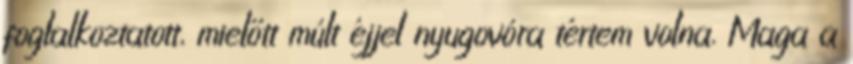
foglalkoztatott, mielőtt múlt éjjel nyugovóra tértem volna. Maga a